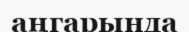
аңгарында